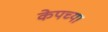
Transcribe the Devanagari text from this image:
केपच्या